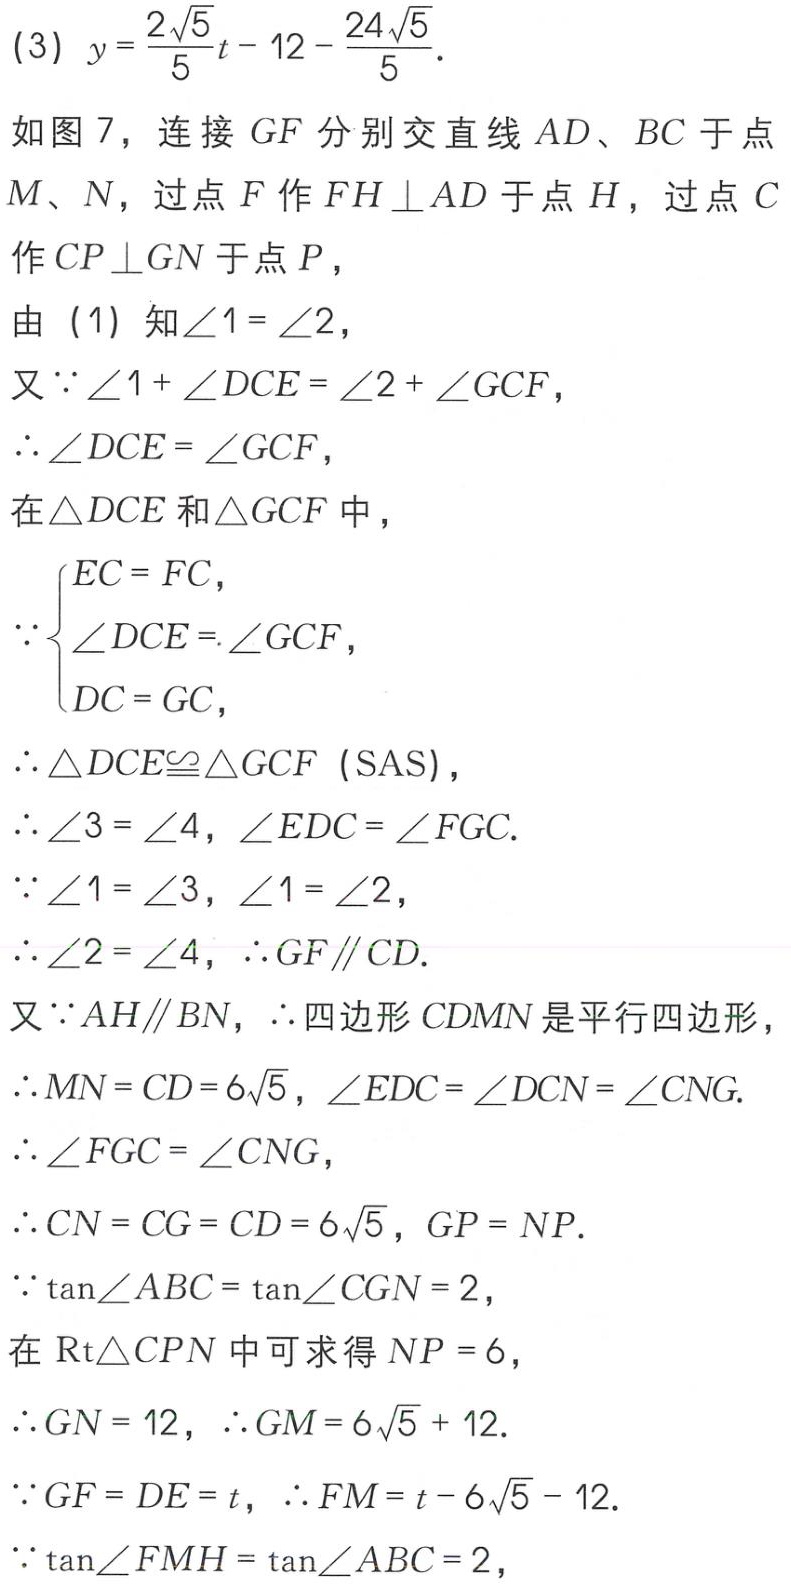
(3) \(y = \frac{2\sqrt{5}}{5}t - 12 - \frac{24\sqrt{5}}{5}\).
如图 7，连接 \(GF\) 分别交直线 \(AD\)、\(BC\) 于点 \(M\)、\(N\)，过点 \(F\) 作 \(FH\perp AD\) 于点 \(H\)，过点 \(C\) 作 \(CP\perp GN\) 于点 \(P\)，
由（1）知\(\angle1 = \angle2\)，
又\(\because\angle1+\angle DCE=\angle2+\angle GCF\)，
\(\therefore\angle DCE = \angle GCF\)，
在\(\triangle DCE\)和\(\triangle GCF\)中，
\(\because\begin{cases}
EC = FC,\\
\angle DCE=\angle GCF,\\
DC = GC,
\end{cases}\)
\(\therefore\triangle DCE\cong\triangle GCF\) (SAS)，
\(\therefore\angle3 = \angle4\)，\(\angle EDC = \angle FGC\).
\(\because\angle1 = \angle3\)，\(\angle1 = \angle2\)，
\(\therefore\angle2 = \angle4\)，\(\therefore GF\parallel CD\).
又\(\because AH\parallel BN\)，\(\therefore\)四边形 \(CDMN\) 是平行四边形，
\(\therefore MN = CD = 6\sqrt{5}\)，\(\angle EDC=\angle DCN=\angle CNG\).
\(\therefore\angle FGC = \angle CNG\)，
\(\therefore CN = CG = CD = 6\sqrt{5}\)，\(GP = NP\).
\(\because\tan\angle ABC=\tan\angle CGN = 2\)，
在 \(\text{Rt}\triangle CPN\) 中可求得 \(NP = 6\)，
\(\therefore GN = 12\)，\(\therefore GM = 6\sqrt{5}+12\).
\(\because GF = DE = t\)，\(\therefore FM = t - 6\sqrt{5}-12\).
\(\because\tan\angle FMH=\tan\angle ABC = 2\)，